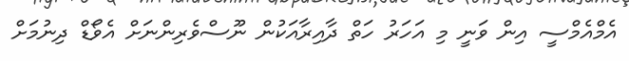
އެމްއެމްސީ އިން ވަނީ މި އަހަރު ހަތް ދާއިރާއަކުން ނޫސްވެރިންނަށް އެވޯޑް ދިނުމަށް